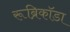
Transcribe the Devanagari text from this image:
रूब्रिकॉडा